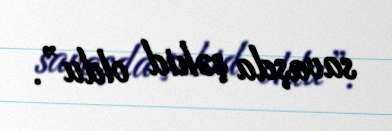
savaşda şəhid oldu”.